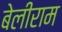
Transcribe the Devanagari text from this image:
बेलीराम